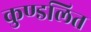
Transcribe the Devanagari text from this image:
कुण्डलित